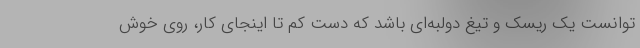
‌توانست یک ریسک و تیغ دولبه‌ای باشد که دست کم تا اینجای کار، روی خوش